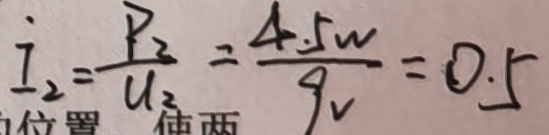
I _ { 2 } = \frac { P _ { 2 } } { U _ { 2 } } = \frac { 4 . 5 W } { 9 v } = 0 . 5